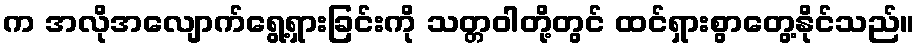
က အလိုအလျောက်ရွေ့ရှားခြင်းကို သတ္တဝါတို့တွင် ထင်ရှားစွာတွေ့နိုင်သည်။